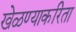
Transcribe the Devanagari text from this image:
खेळण्याकरिता